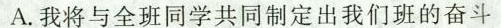
A.我将与全班同学共同制定出我们班的奋斗